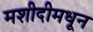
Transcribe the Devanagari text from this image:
मशीदीमधून